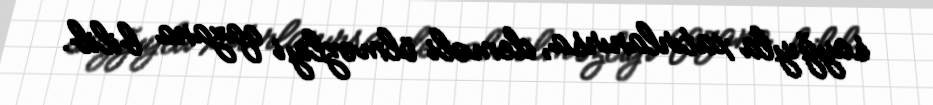
sayğıyla xatırlanırsa, deməli ölməzliyi qazana bilib.